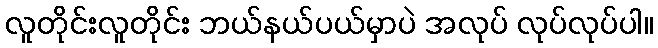
လူတိုင်းလူတိုင်း ဘယ်နယ်ပယ်မှာပဲ အလုပ် လုပ်လုပ်ပါ။